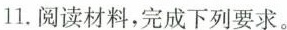
11.阅读材料，完成下列要求。